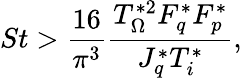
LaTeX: St>\frac{16}{\pi^{3}}\frac{T_{\Omega}^{*2}F_{q}^{*}F_{p}^{*}}{J_{q}^{*}T_{i}^{*}},